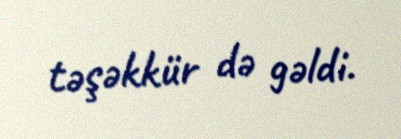
təşəkkür də gəldi.